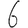
Digit: 6